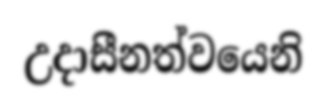
උදාසීනත්වයෙනි